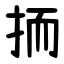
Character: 㧫